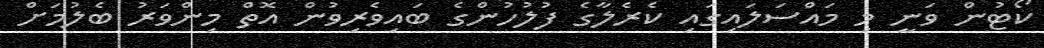
ކޯޓުން ވަނީ މި މައްސަލައިގައި ކެރެލާގެ ފުލުހުންގެ ބައިވެރިވުން އޮތް މިންވަރު ބެލުމަށް